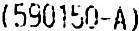
(590150-A)